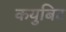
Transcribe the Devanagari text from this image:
कयुबिट